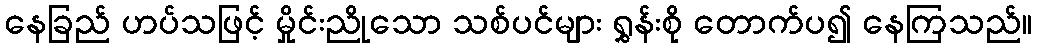
နေခြည် ဟပ်သဖြင့် မှိုင်းညိုသော သစ်ပင်များ ရွှန်းစို တောက်ပ၍ နေကြသည်။